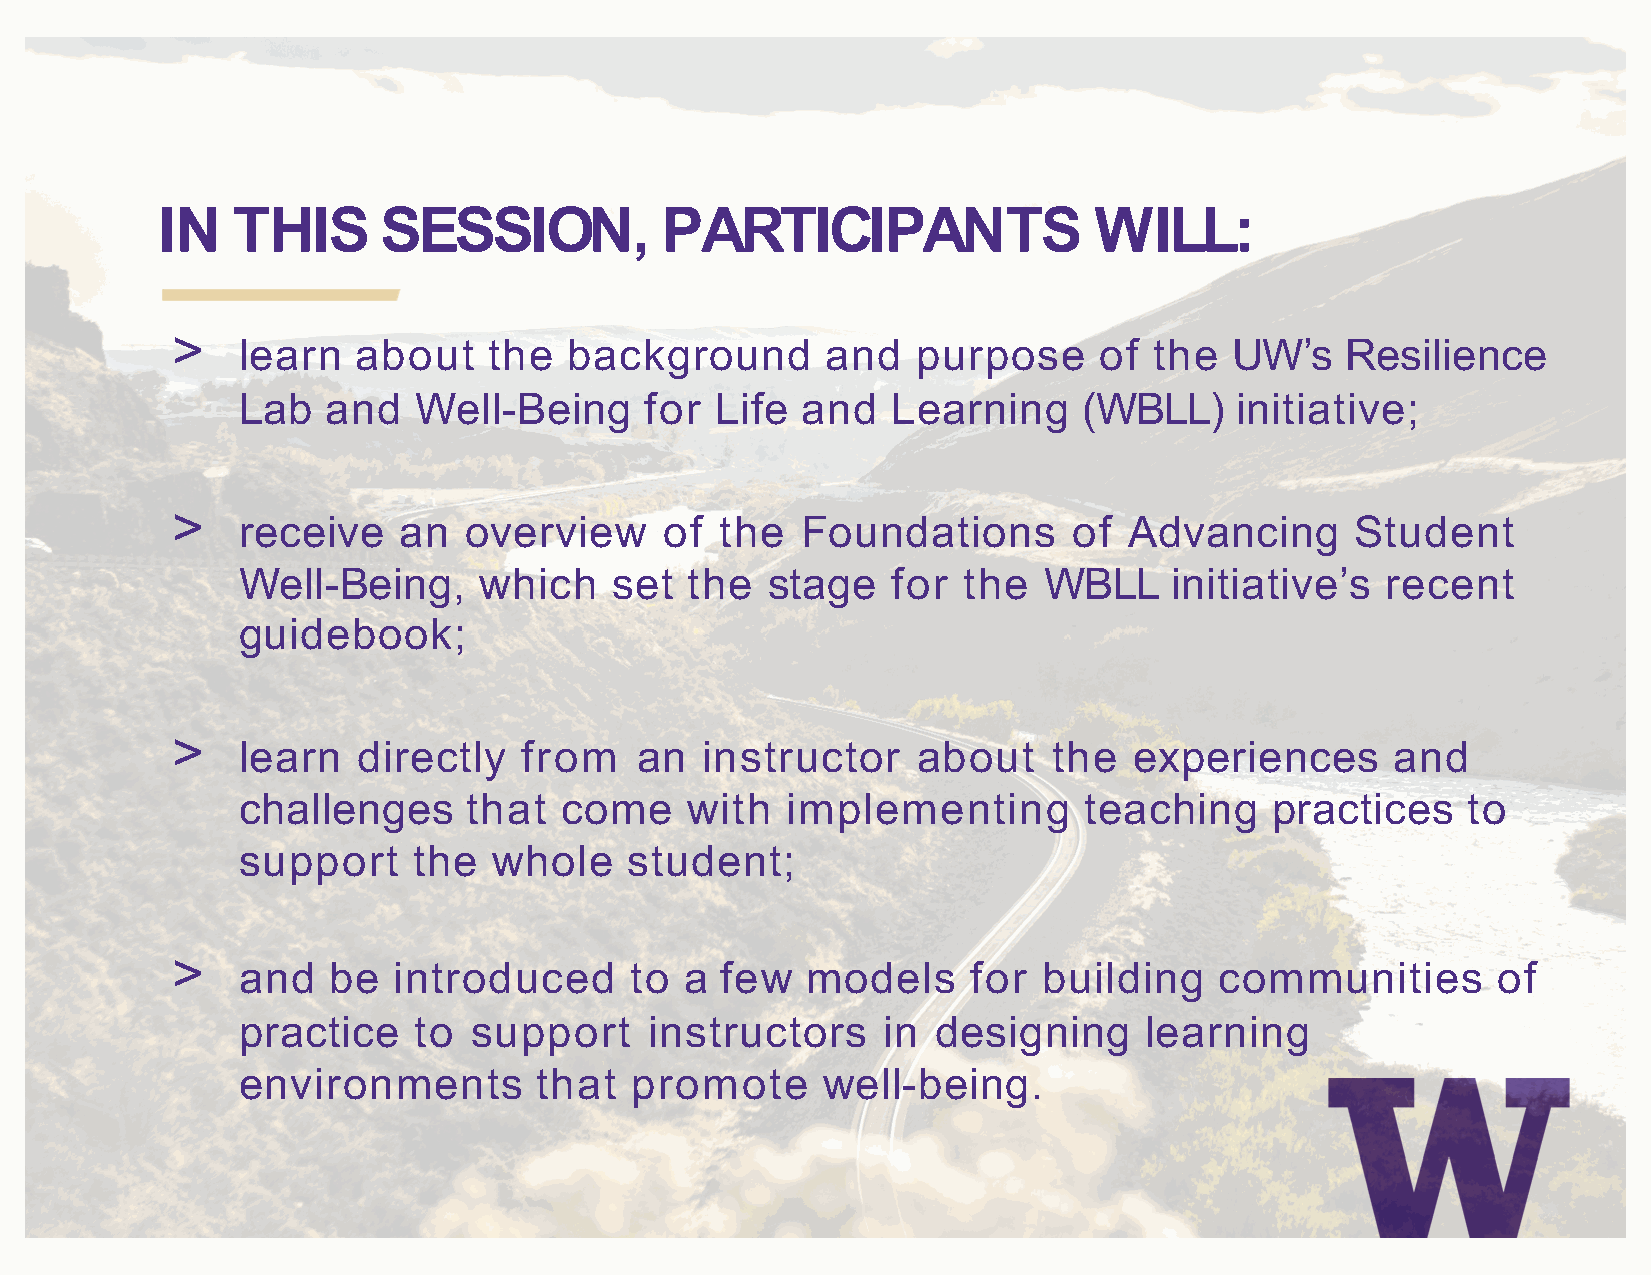
IN   THIS      SESSION,           PARTICIPANTS                WILL:
 >
 learn   about   the   background       and   purpose     of the   UW’s   Resilience
 Lab  and   Well-Being      for Life  and   Learning     (WBLL)    initiative;
 >
 receive   an   overview     of  the  Foundations       of  Advancing      Student
 Well-Being,     which    set the   stage   for  the  WBLL    initiative’s   recent
 guidebook;
 >
 learn   directly  from    an  instructor     about    the  experiences      and
 challenges     that  come    with   implementing        teaching    practices    to
 support    the   whole    student;
 >
 and   be  introduced      to a  few  models     for  building    communities       of
 practice   to  support     instructors    in  designing     learning
 environments       that   promote     well-being.